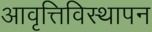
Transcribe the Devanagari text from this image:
आवृत्तिविस्थापन